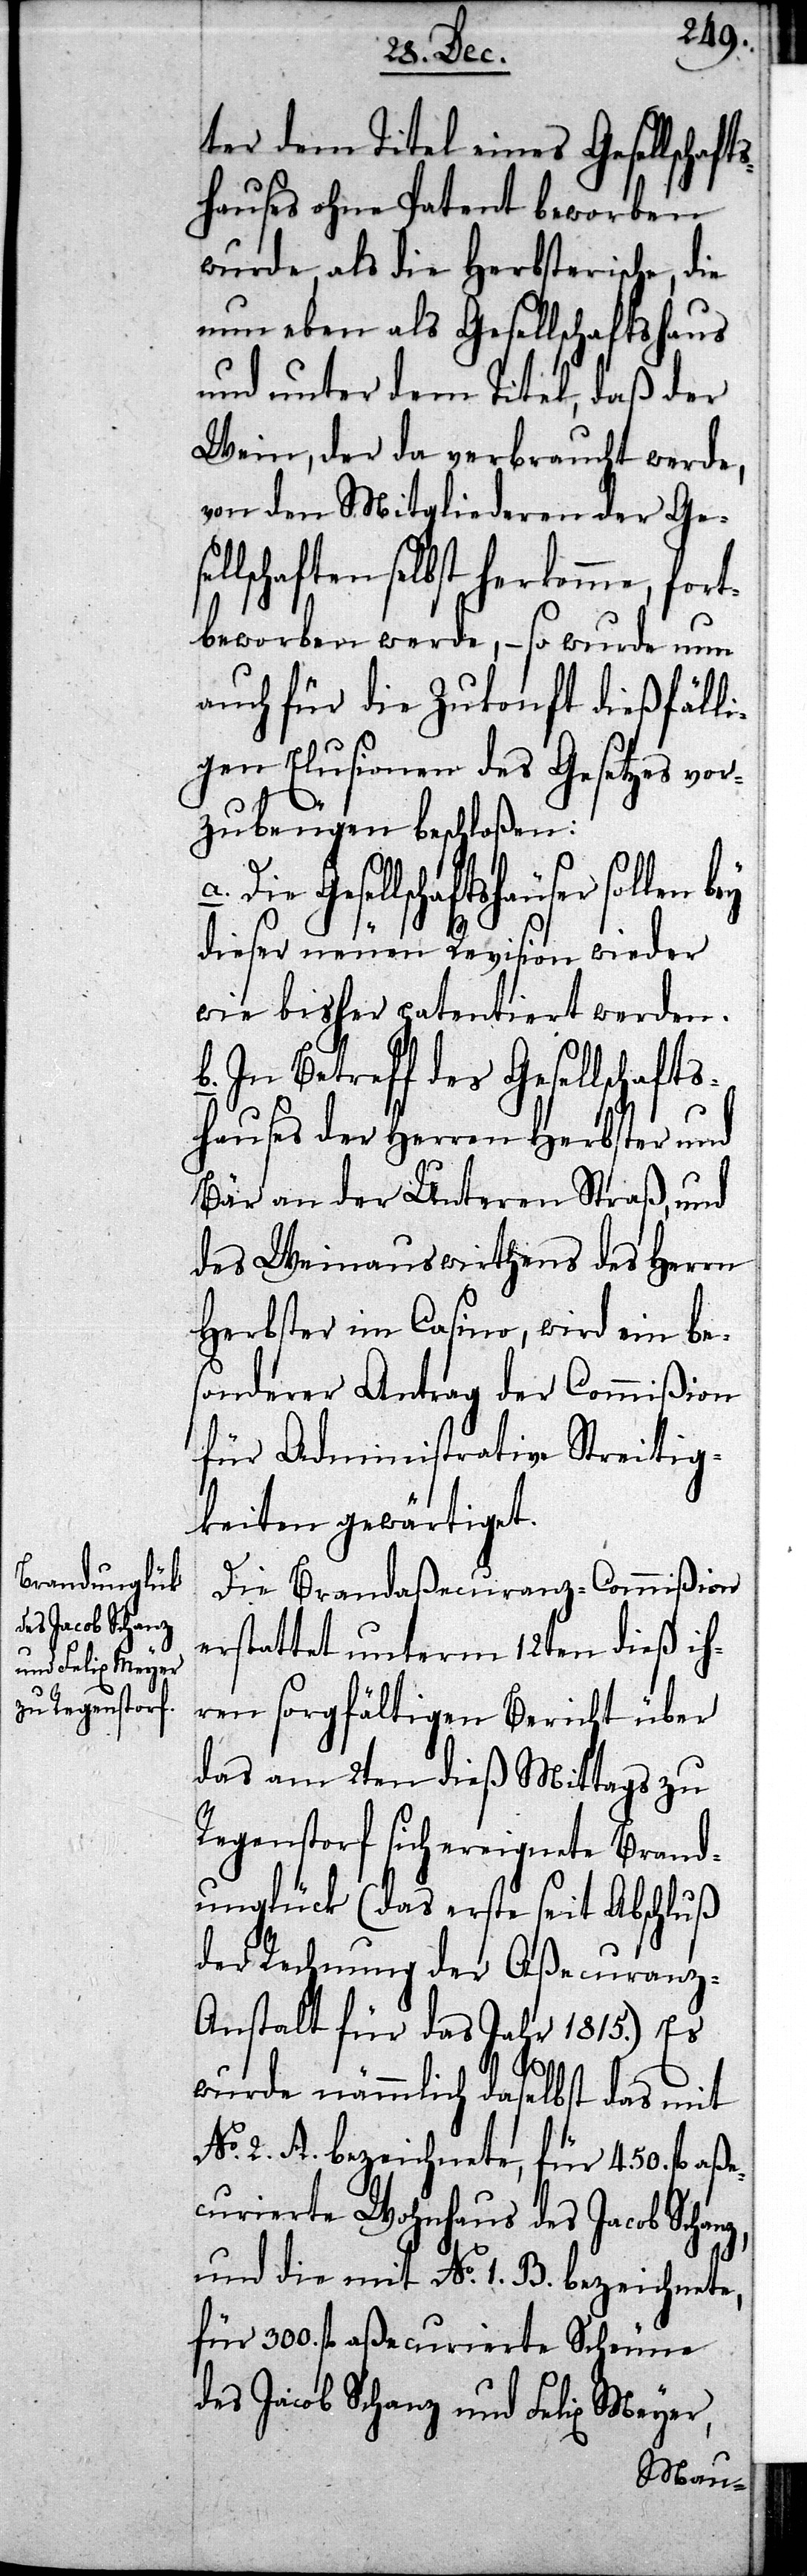
ter dem Titel eines Gesellsch¬
hauses ohne Patent beworben
wurde, als die Herbsterische, die
nun eben als Gesellschaftshaus
und unter dem Titel, daß der
Wein, der da verbraucht werde,
von den Mitgliederen der Gese¬
llschaften selbst herkomme, fort¬
beworben werde, – so wurde nun
auch für die Zukonft dießfäll¬
igen Elusionen des Gesetzes vor¬
zubeugen beschloßen:
Die Gesellschaftshäuser sollen
dieser neuen Revision wieder
wie bisher patentiert werden.
b. In Betreff des Gesellschafts¬
hauses der Herren Herbster und
Bär an der Unteren Straß, und
des Weinauswirthens des Herrn
Herbster im Casino, wird ein be¬
sonderer Antrag der Commißion
für Administrative Streitig¬
keiten gewärtiget.
Die Brandaßecuranz-Commißion
erstattet unterm 12ten dieß ih¬
ren sorgfältigen Bericht über
das am 2ten dieß Mittags zu
Regenstorf sich ereignete Brand¬
unglück (das erste seit Abschluß
der Rechnung der Aßecuranz-A¬
nstalt für das Jahr 1815.) Es
wurde nämmlich daselbst das mit
No. 2. A. bezeichnete, für 450. fl aße¬
curierte Wohnhaus des Jacob Schanz,
und die mit No. 1. B. bezeichnete,
für 300. fl aßecurierte Scheune
des Jacob Schanz und Felix Meyer,
afts¬